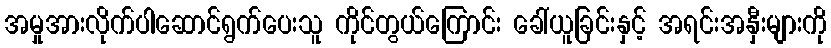
အမှုအားလိုက်ပါဆောင်ရွက်ပေးသူ ကိုင်တွယ်ကြောင်း ခေါ်ယူခြင်းနှင့် အရင်းအနှီးများကို